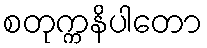
စတုက္ကနိပါတော